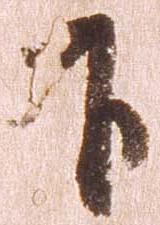
下